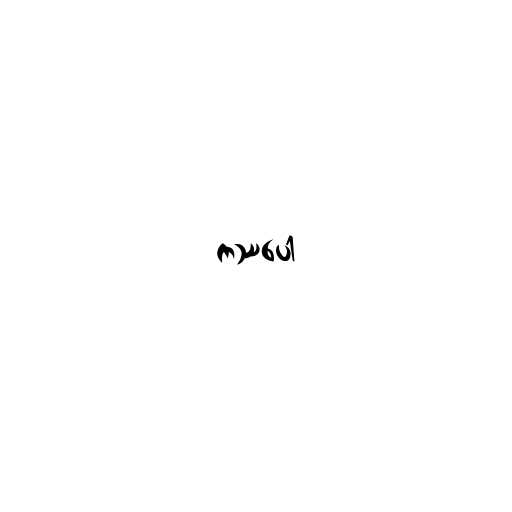
ကဿပေါ